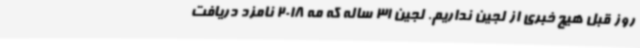
روز قبل هیچ خبری از لجین نداریم. لجین 31 ساله که مه 2018 نامزد دریافت